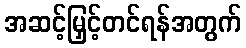
အဆင့်မြှင့်တင်ရန်အတွက်